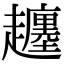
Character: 𧾡